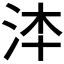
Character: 𣳰